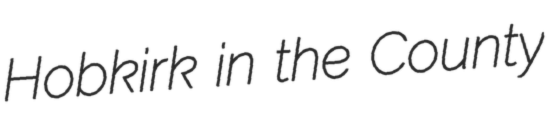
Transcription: Hobkirk in the County